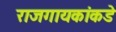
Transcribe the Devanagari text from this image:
राजगायकांकडे